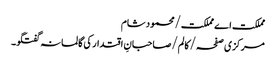
مملکت اے مملکت/محمود شام
مرکزی صفحہ/ کالم/صاحبانِ اقتدار کی گالمانہ گفتگو۔